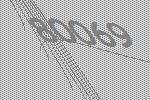
80069